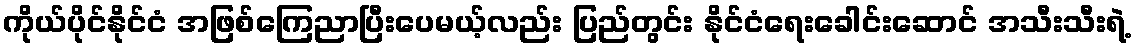
ကိုယ်ပိုင်နိုင်ငံ အဖြစ်ကြေညာပြီးပေမယ့်လည်း ပြည်တွင်း နိုင်ငံရေးခေါင်းဆောင် အသီးသီးရဲ့